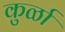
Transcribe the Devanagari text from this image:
कुर्ळा